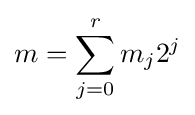
m=\sum _{j=0}^{r}m_{j}2^{j}